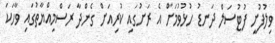
ވިލުފުށީ ފުޓުސަލް ދަނޑު ހުޅުވުމަށް އެ ރަށުގައި ކުރިއަށް ގެންދާ ރަސްމިއްޔާތުގައި ވާހަކަ